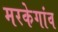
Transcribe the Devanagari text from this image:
मरकेगांव